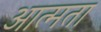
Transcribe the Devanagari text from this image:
आत्मता